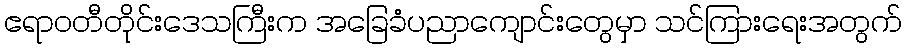
ဧရာဝတီတိုင်းဒေသကြီးက အခြေခံပညာကျောင်းတွေမှာ သင်ကြားရေးအတွက်